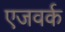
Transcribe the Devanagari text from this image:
एजवर्क